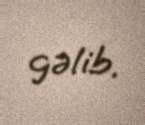
gəlib.